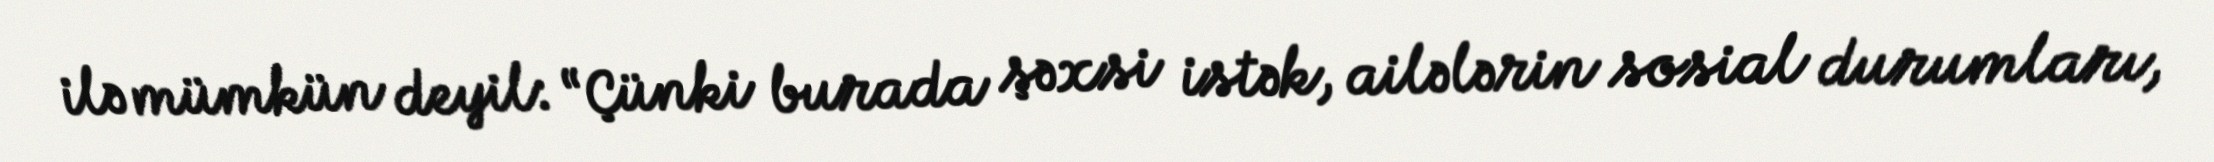
ilə mümkün deyil: “Çünki burada şəxsi istək, ailələrin sosial durumları,